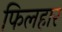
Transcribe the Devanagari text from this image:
फिलहार